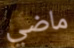
ماضي